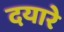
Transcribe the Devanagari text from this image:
दयारे